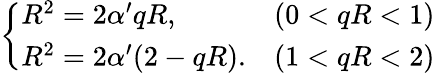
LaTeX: \left\{ \begin{array}{ll}{{R^{2}=2\alpha^{\prime}qR,}}&{{(0<qR<1)}}\\ {{R^{2}=2\alpha^{\prime}(2-qR).}}&{{(1<qR<2)}}\end{array}\right.